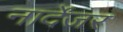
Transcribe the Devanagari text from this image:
नार्देंजर